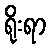
ရိုးရာ